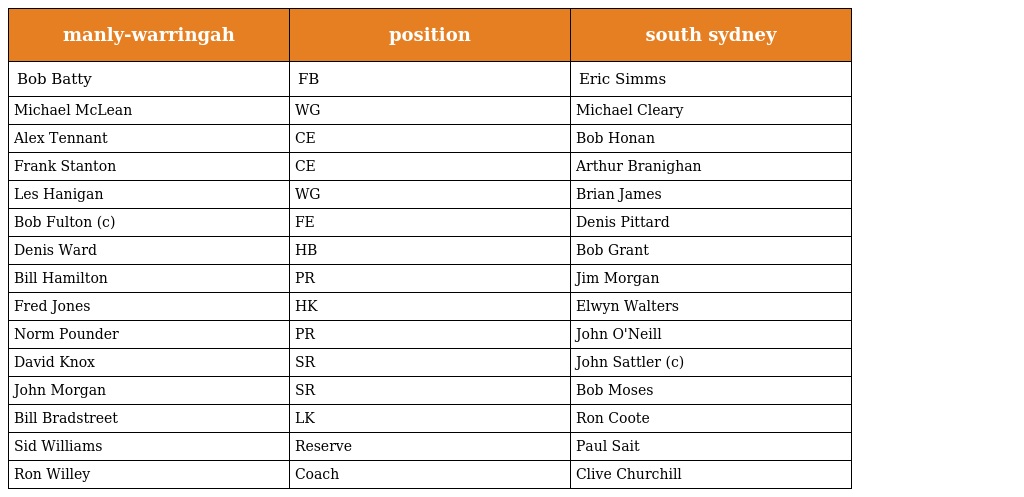
| manly-warringah | position | south sydney |
 | --- | --- | --- |
 | Bob Batty | FB | Eric Simms |
 | Michael McLean | WG | Michael Cleary |
 | Alex Tennant | CE | Bob Honan |
 | Frank Stanton | CE | Arthur Branighan |
 | Les Hanigan | WG | Brian James |
 | Bob Fulton (c) | FE | Denis Pittard |
 | Denis Ward | HB | Bob Grant |
 | Bill Hamilton | PR | Jim Morgan |
 | Fred Jones | HK | Elwyn Walters |
 | Norm Pounder | PR | John O'Neill |
 | David Knox | SR | John Sattler (c) |
 | John Morgan | SR | Bob Moses |
 | Bill Bradstreet | LK | Ron Coote |
 | Sid Williams | Reserve | Paul Sait |
 | Ron Willey | Coach | Clive Churchill |